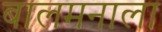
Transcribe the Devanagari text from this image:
बालमनाला